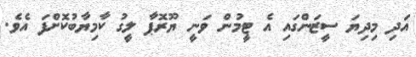
އަދި މިދިޔަ ސީޒަންގައި އެ ޓީމުން ވަނީ ޔޫރޮޕާ ލީގު ކާމިޔާބުކޮށްފަ އެވެ.